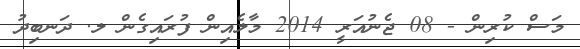
މަސް ކުރިން - 08 ޖެނުއަރީ 2014 މާލެއިން ފުރައިގެން ލ. ދަނބިދު